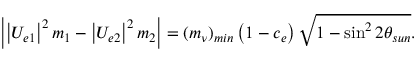
\left| \left| U _ { e 1 } \right| ^ { 2 } m _ { 1 } - \left| U _ { e 2 } \right| ^ { 2 } m _ { 2 } \right| = ( m _ { \nu } ) _ { m i n } \left( 1 - c _ { e } \right) \sqrt { 1 - \sin ^ { 2 } 2 \theta _ { s u n } } .